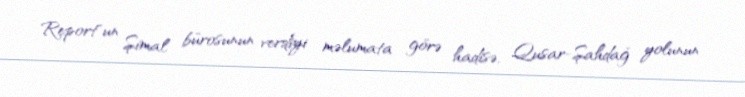
Report"un Şimal bürosunun verdiyi məlumata görə hadisə, Qusar-Şahdağ yolunun